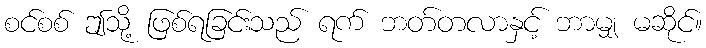
စင်စစ် ဤသို့ ဖြစ်ရခြင်းသည် ရက် ဘတ်တလာနှင့် ဘာမျှ မဆိုင်။